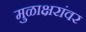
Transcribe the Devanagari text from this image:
मुळाक्षरांवर